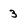
Character: 3